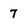
Character: 7